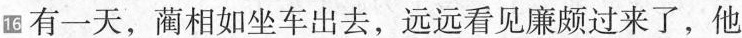
16 有一天，蔺相如坐车出去，远远看见廉颇过来了，他